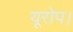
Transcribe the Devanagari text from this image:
यूरोप।